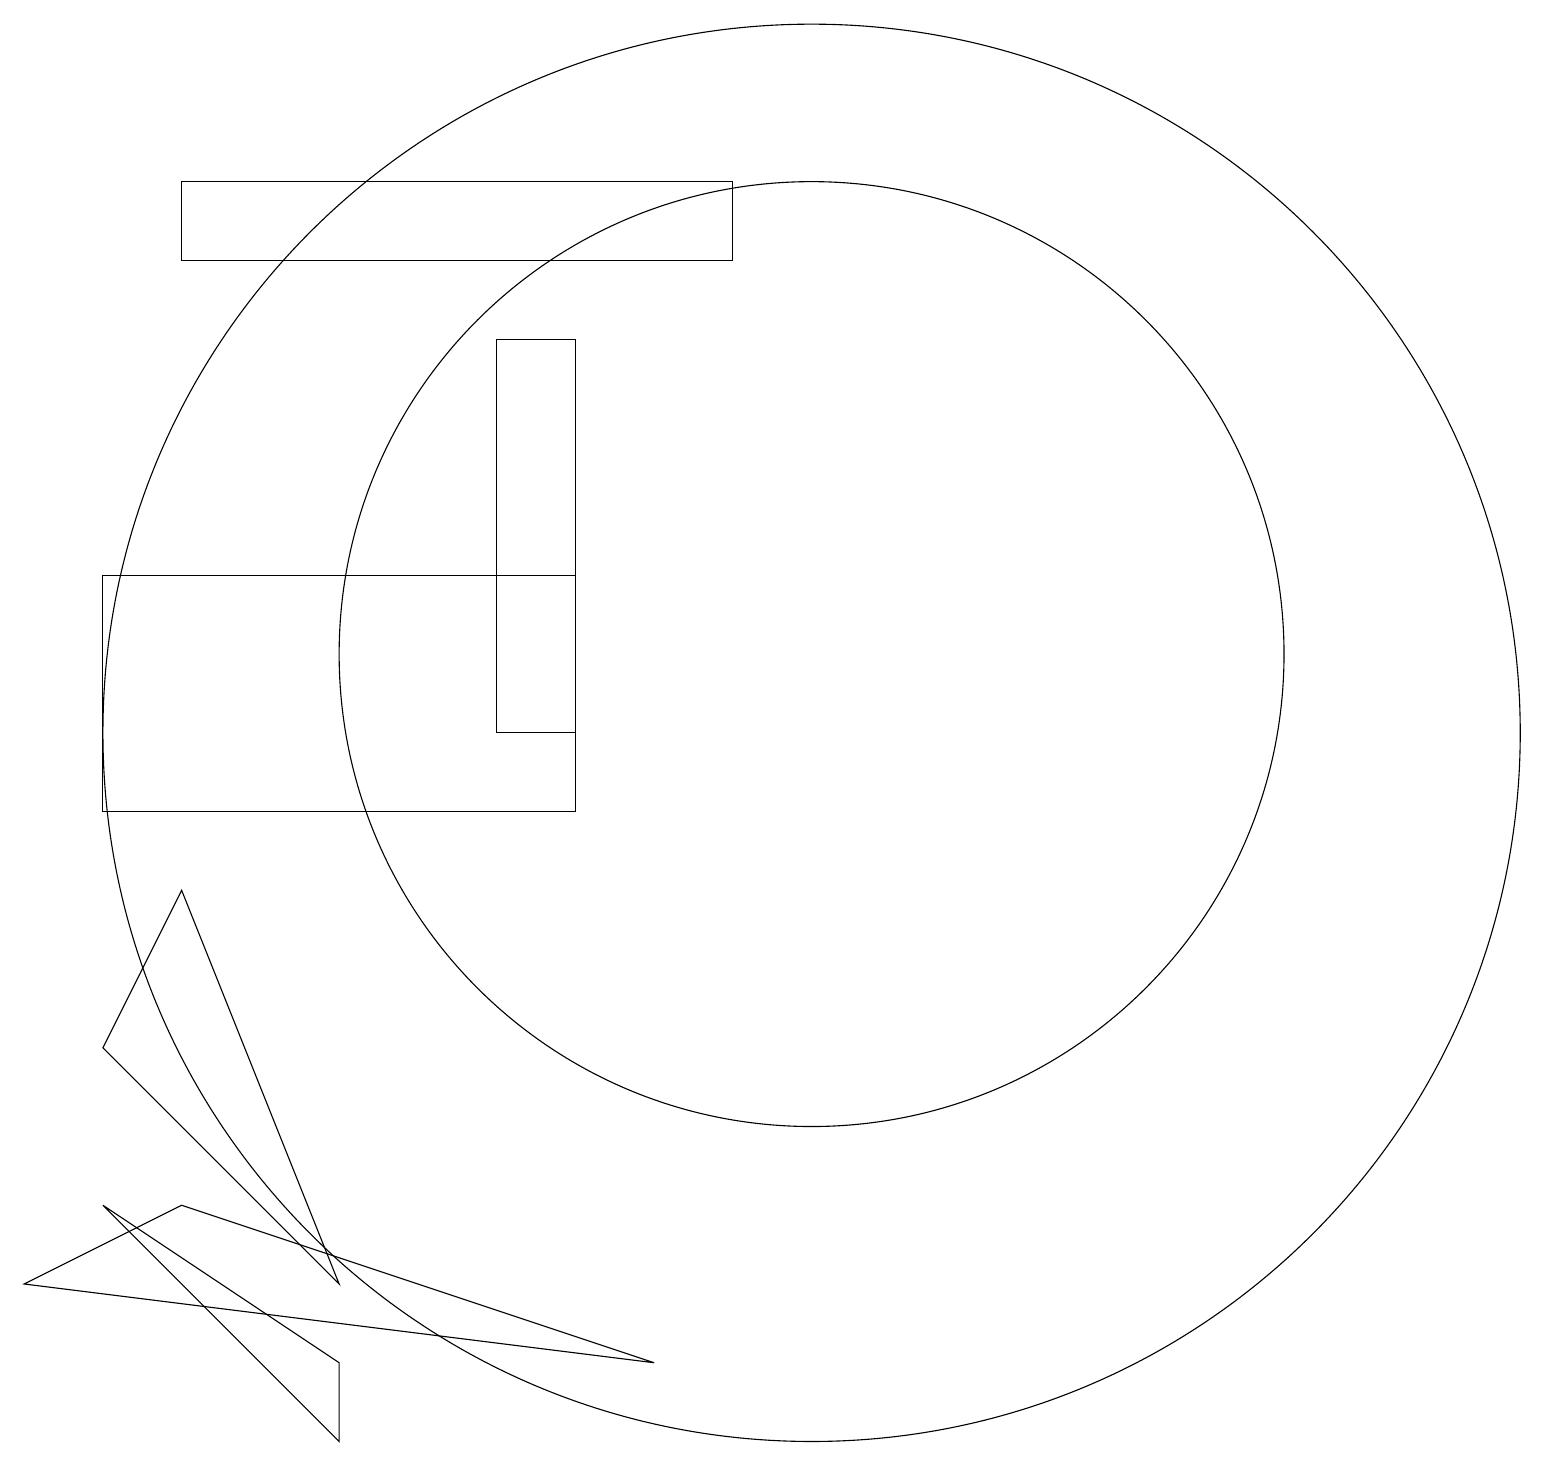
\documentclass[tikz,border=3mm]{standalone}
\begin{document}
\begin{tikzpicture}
\draw (1,7) -- (4,4) -- (2,9) -- cycle;
\draw (10,11) circle (9);
\draw (8,3) -- (2,5) -- (0,4) -- cycle;
\draw (6,11) rectangle (7,16);
\draw (9,18) rectangle (2,17);
\draw (1,13) rectangle (7,10);
\draw (1,5) -- (4,3) -- (4,2) -- cycle;
\draw (10,12) circle (6);
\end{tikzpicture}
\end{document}